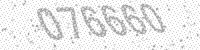
Solution: 076660